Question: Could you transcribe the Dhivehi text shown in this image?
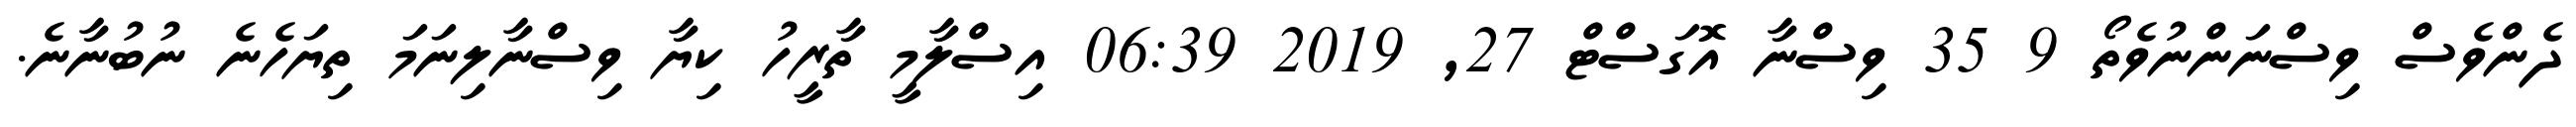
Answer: ދެންވެސް ވިސްނަންނުވެތޯ 9 35 ވިސްނާ އޮގަސްޓް 27, 2019 06:39 އިސްލާމީ ތާރީހު ކިޔާ ވިސްނާލިނަމަ ތިޔަހެނެ ނުބުނާނެ.